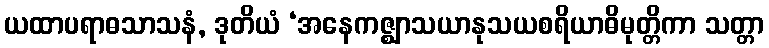
ယထာပရာဓသာသနံ, ဒုတိယံ ‘အနေကဇ္ဈာသယာနုသယစရိယာဓိမုတ္တိကာ သတ္တာ